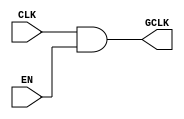
module clock_gating (
    input wire CLK,       // Primary clock signal
    input wire EN,        // Enable signal
    output wire GCLK      // Gated clock output
);

// Implementing clock gating using an AND gate
assign GCLK = CLK & EN;

endmodule